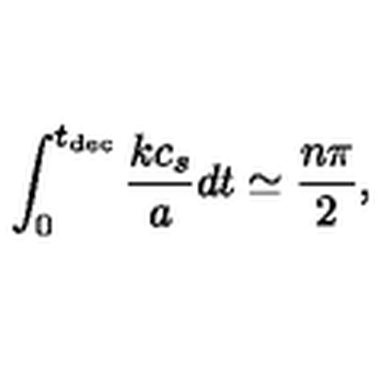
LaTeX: \int _ { 0 } ^ { t _ { \mathrm { d e c } } } \frac { k c _ { s } } { a } d t \simeq \frac { n \pi } { 2 } ,